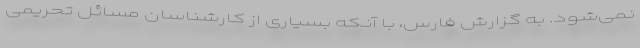
نمی‌شود. به گزارش فارس، با آنکه بسیاری از کارشناسان مسائل تحریمی